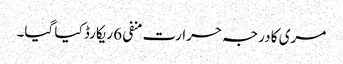
مری کا درجہ حرارت منفی 6 ریکارڈ کیا گیا۔